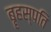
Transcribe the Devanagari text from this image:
बॄहस्पति